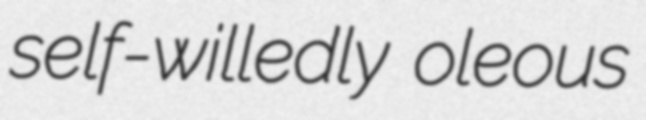
self-willedly oleous